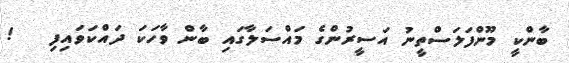
ބާންކީ މޫންފަލަސްތީނު އަސީރުންގެ މައްސަލާގައި ބާން ވާހަކަ ދައްކަވައިފި   !